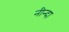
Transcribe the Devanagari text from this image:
नीन्दा